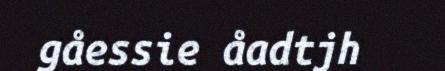
gåessie åadtjh